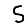
Digit: 5